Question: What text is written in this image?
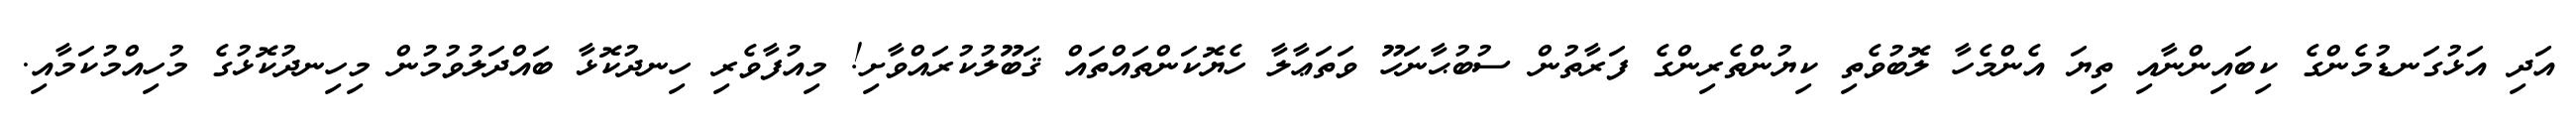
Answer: އަދި އަޅުގަނޑުމެންގެ ކިބައިންނާއި ތިޔަ އެންމެހާ ލޮބުވެތި ކިޔުންތެރިންގެ ފަރާތުން ސުބުޙާނަހޫ ވަތަޢާލާ ހެޔޮކަންތައްތައް ޤަބޫލުކުރައްވާށި! މިއުފާވެރި ހިނދުކޮޅާ ބައްދަލުވުމުން މިހިނދުކޮޅުގެ މުހިއްމުކަމާއި.